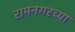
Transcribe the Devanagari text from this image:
रामनगरच्या